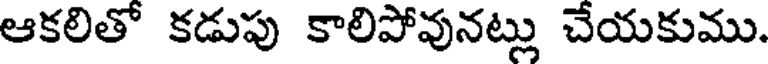
ఆకలితో కడుపు కాలిపోవునట్లు చేయకుము.